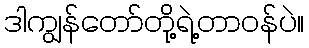
ဒါကျွန်တော်တို့ရဲ့တာဝန်ပဲ။